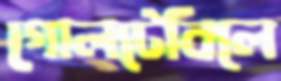
গোলটেবিলে